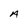
Character: A